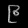
Digit: ၉